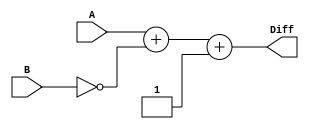
//Complement Subtractor: 

module complement_subtractor(input [3:0] A, input [3:0] B, output [3:0] Diff); 
    assign Diff = A + (~B) + 1; 
endmodule 

//Borrow Subtractor: 

module borrow_subtractor( 
    input [3:0] Minuend, Subtrahend, 
    output [3:0] Difference, Borrow 
); 
 
assign Difference = Minuend - Subtrahend; 
assign Borrow = (Minuend < Subtrahend); 
 
endmodule